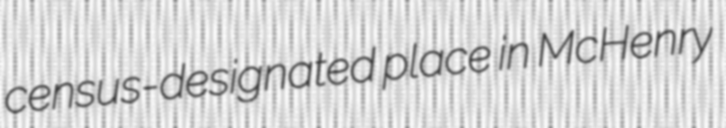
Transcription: census-designated place in McHenry